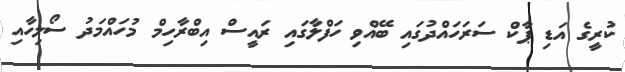
ކުރީގެ އަޑި ޕާކް ސަރަހައްދުގައި ބޭއްވި ހަފްލާގައި ރައީސް އިބްރާހިމް މުހައްމަދު ސޯލިހާއި